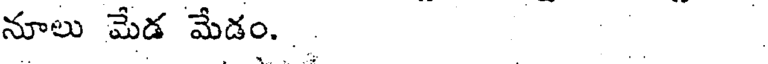
నూలు మేడ మేడం...